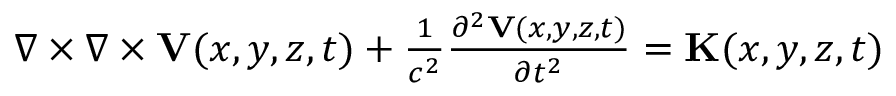
\begin{array} { r } { \nabla \times \nabla \times { \mathbf V } ( x , y , z , t ) + \frac { 1 } { c ^ { 2 } } \frac { \partial ^ { 2 } { \mathbf V } ( x , y , z , t ) } { \partial t ^ { 2 } } = { \mathbf K } ( x , y , z , t ) } \end{array}